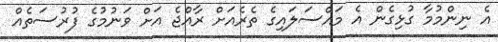
އެ ނިންމުމާ ގުޅިގެން އެ މައްސަލައިގެ ތެރެއަށް ރާއްޖެ އަށް ވަނުމުގެ ފުރުސަތެއް